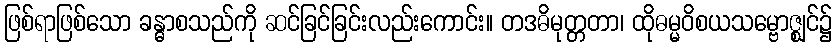
ဖြစ်ရာဖြစ်သော ခန္ဓာစသည်ကို ဆင်ခြင်ခြင်းလည်းကောင်း။ တဒဓိမုတ္တတာ၊ ထိုဓမ္မဝိစယသမ္ဗောဇ္ဈင်၌